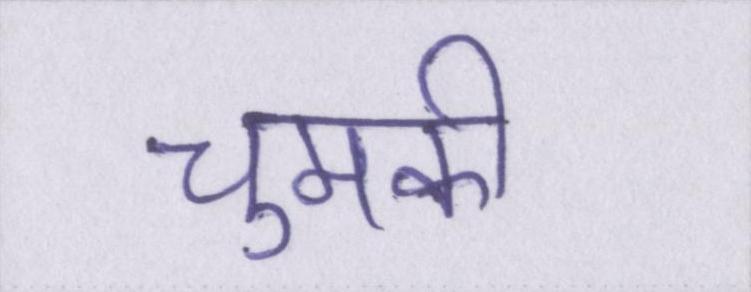
चुमकी